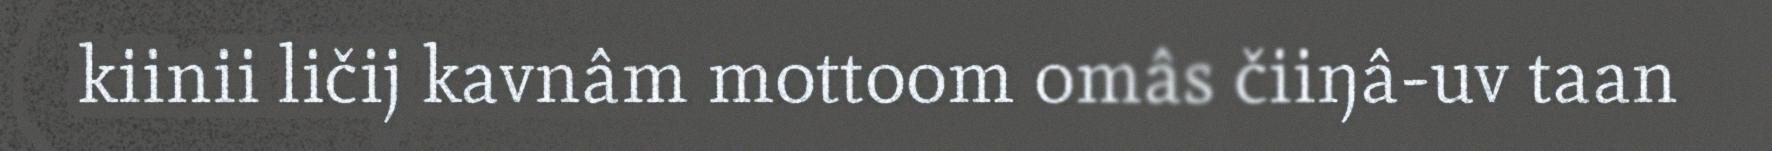
kiinii ličij kavnâm mottoom omâs čiiŋâ-uv taan